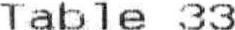
TABLE 33